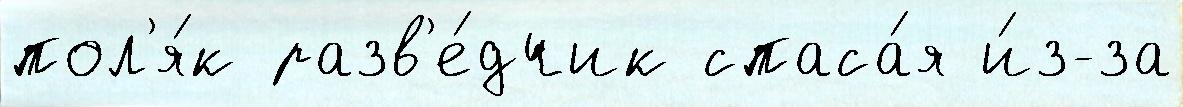
пол'я́к разв'е́дчик спаса́я и́з-за